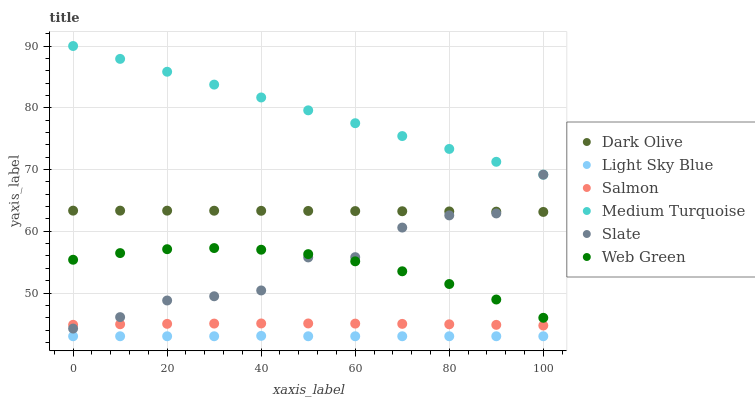
| xaxis_label | Dark Olive | Light Sky Blue | Salmon | Medium Turquoise | Slate | Web Green |
 | --- | --- | --- | --- | --- | --- | --- |
 | 0 | 63.3 | 43 | 44.9 | 90 | 44.2 | 55.4 |
 | 10 | 63.3 | 43 | 44.9 | 87.9 | 46.1 | 56.5 |
 | 20 | 63.3 | 43 | 45 | 85.8 | 48.8 | 57.1 |
 | 30 | 63.3 | 43 | 45.1 | 83.8 | 49.5 | 57.3 |
 | 40 | 63.3 | 43.1 | 45.1 | 81.7 | 50.4 | 57 |
 | 50 | 63.3 | 43 | 45.1 | 79.6 | 55.8 | 56.3 |
 | 60 | 63.3 | 43 | 45 | 77.5 | 55.8 | 55.1 |
 | 70 | 63.2 | 43 | 45 | 75.4 | 60.6 | 53.5 |
 | 80 | 63.2 | 43 | 44.9 | 73.3 | 62.6 | 51.5 |
 | 90 | 63.2 | 43 | 44.8 | 71.3 | 62.9 | 48.9 |
 | 100 | 63.1 | 43 | 44.7 | 69.2 | 69.2 | 46 |